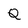
Character: Q